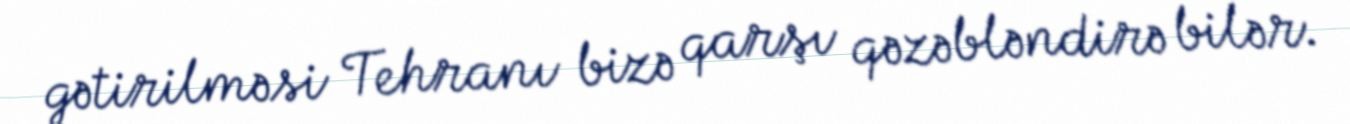
gətirilməsi Tehranı bizə qarşı qəzəbləndirə bilər.